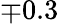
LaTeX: \mp 0.3